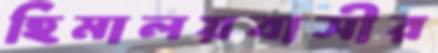
হিমালয়বাসীর